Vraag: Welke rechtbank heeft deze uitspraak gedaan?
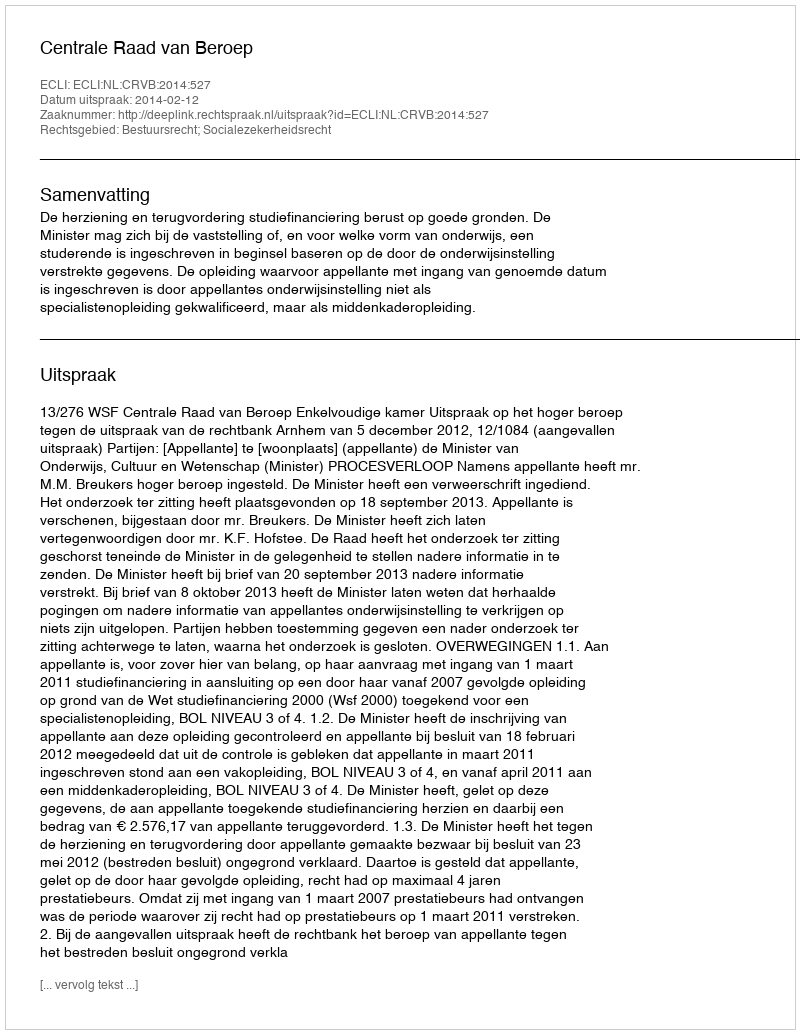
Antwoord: Centrale Raad van Beroep